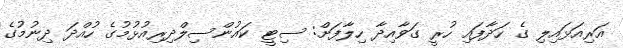
އަރިއަޅައިލި ގެ ހަދާފައި ހުރީ ގަވާއިދާ ހިލާފަށް: ސިޓީ ކައުންސިލްދިރިއުޅުމުގެ ހުއްދަ ދިނުމުގެ